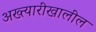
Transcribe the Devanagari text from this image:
अख्त्यारीखालील